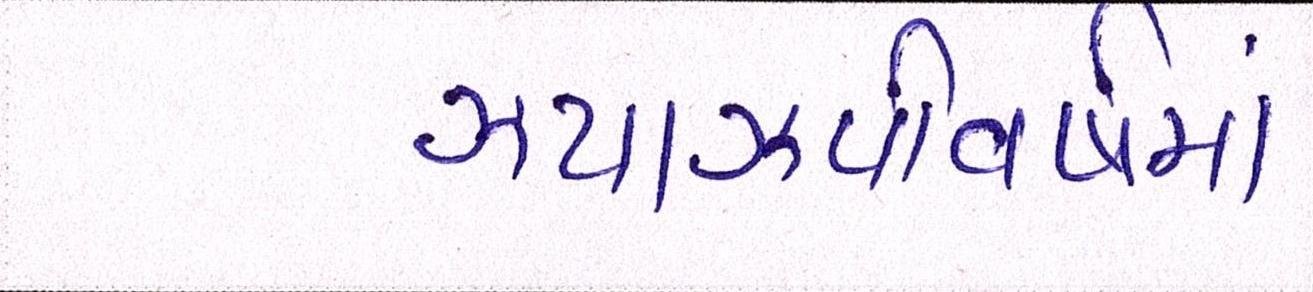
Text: ઝપાઝપીવર્ષમાં